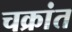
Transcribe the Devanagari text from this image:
चक्रांत